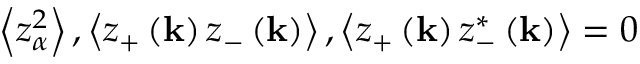
\left\langle z _ { \alpha } ^ { 2 } \right\rangle , \left\langle z _ { + } \left( \mathbf { k } \right) z _ { - } \left( \mathbf { k } \right) \right\rangle , \left\langle z _ { + } \left( \mathbf { k } \right) z _ { - } ^ { * } \left( \mathbf { k } \right) \right\rangle = 0